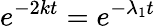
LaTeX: e^{-2kt}=e^{-\lambda_{1}t}